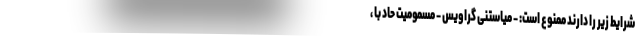
شرایط زیر را دارند ممنوع است: - میاستنی گراویس - مسمومیت حاد با ،